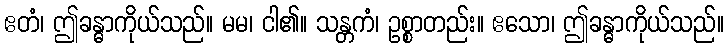
ဧတံ၊ ဤခန္ဓာကိုယ်သည်။ မမ၊ ငါ၏။ သန္တကံ၊ ဥစ္စာတည်း။ ဧသော၊ ဤခန္ဓာကိုယ်သည်။